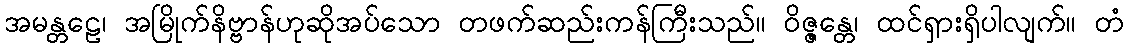
အမန္တဠေ၊ အမြိုက်နိဗ္ဗာန်ဟုဆိုအပ်သော တဖက်ဆည်းကန်ကြီးသည်။ ဝိဇ္ဇန္တေ၊ ထင်ရှားရှိပါလျက်။ တံ